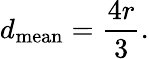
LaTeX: d_{\mathrm{mean}}=\frac{4r}{3}.